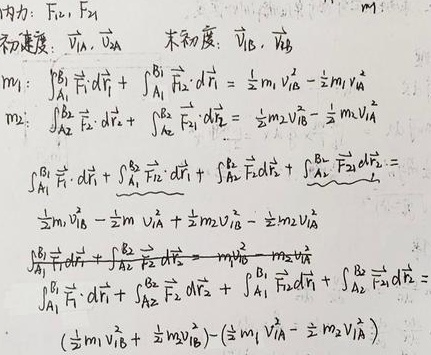
内力：\(F_{i1}, F_{i2}\)；初速度：\(\overrightarrow{v}_{iA}, \overrightarrow{v}_{iB}\)；末速度：\(\overrightarrow{v}_{fA}, \overrightarrow{v}_{fB}\)

对于\(m_1\)：\(\int_{A_1}^{B_1} \overrightarrow{F}_{i1} \cdot d\overrightarrow{l}_1 + \int_{A_1}^{B_1} \overrightarrow{F}_{i2} \cdot d\overrightarrow{l}_1 = \frac{1}{2}m_1 v_{fA}^2 - \frac{1}{2}m_1 v_{iA}^2\)

对于\(m_2\)：\(\int_{A_2}^{B_2} \overrightarrow{F}_{i1} \cdot d\overrightarrow{l}_2 + \int_{A_2}^{B_2} \overrightarrow{F}_{i2} \cdot d\overrightarrow{l}_2 = \frac{1}{2}m_2 v_{fB}^2 - \frac{1}{2}m_2 v_{iA}^2\)

\(\int_{A_1}^{B_1} \overrightarrow{F}_{i1} \cdot d\overrightarrow{l}_1 + \int_{A_1}^{B_1} \overrightarrow{F}_{i2} \cdot d\overrightarrow{l}_1+ \int_{A_2}^{B_2} \overrightarrow{F}_{i1} \cdot d\overrightarrow{l}_2 + \int_{A_2}^{B_2} \overrightarrow{F}_{i2} \cdot d\overrightarrow{l}_2 =\) \(\frac{1}{2}m_1 v_{fA}^2 - \frac{1}{2}m_1 v_{iA}^2 + \frac{1}{2}m_2 v_{fB}^2 - \frac{1}{2}m_2 v_{iA}^2\)

\(\int_{A_1}^{B_1} \overrightarrow{F}_{i1} \cdot d\overrightarrow{l}_1 + \int_{A_2}^{B_2} \overrightarrow{F}_{i2} \cdot d\overrightarrow{l}_2 = m_1 v_{fA}^2 - m_2 v_{iA}^2\)

\(\int_{A_1}^{B_1} \overrightarrow{F}_{i1} \cdot d\overrightarrow{l}_1 + \int_{A_2}^{B_2} \overrightarrow{F}_{i2} \cdot d\overrightarrow{l}_2 + \int_{A_1}^{B_1} \overrightarrow{F}_{i2} \cdot d\overrightarrow{l}_1 + \int_{A_2}^{B_2} \overrightarrow{F}_{i1} \cdot d\overrightarrow{l}_2 =\) \((\frac{1}{2}m_1 v_{fA}^2 + \frac{1}{2}m_2 v_{fB}^2)-(\frac{1}{2}m_1 v_{iA}^2 + \frac{1}{2}m_2 v_{iA}^2)\)